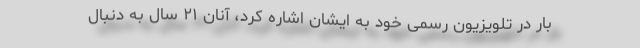
بار در تلویزیون رسمی خود به ایشان اشاره کرد، آنان ۲۱ سال به دنبال